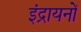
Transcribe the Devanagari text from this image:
इंद्रायनों